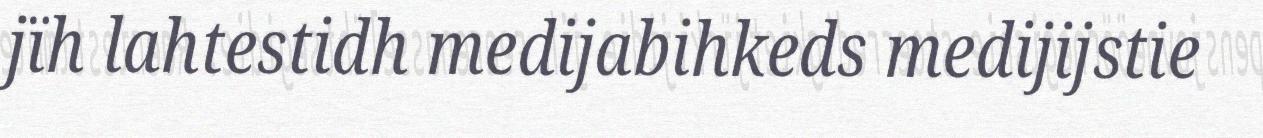
jïh lahtestidh medijabihkeds medijijstie